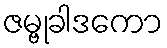
ဇမ္ဗုခါဒကော